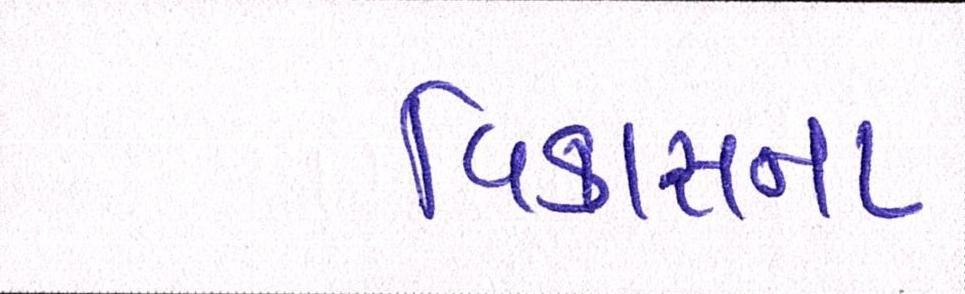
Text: વિકાસના